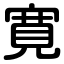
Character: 寛